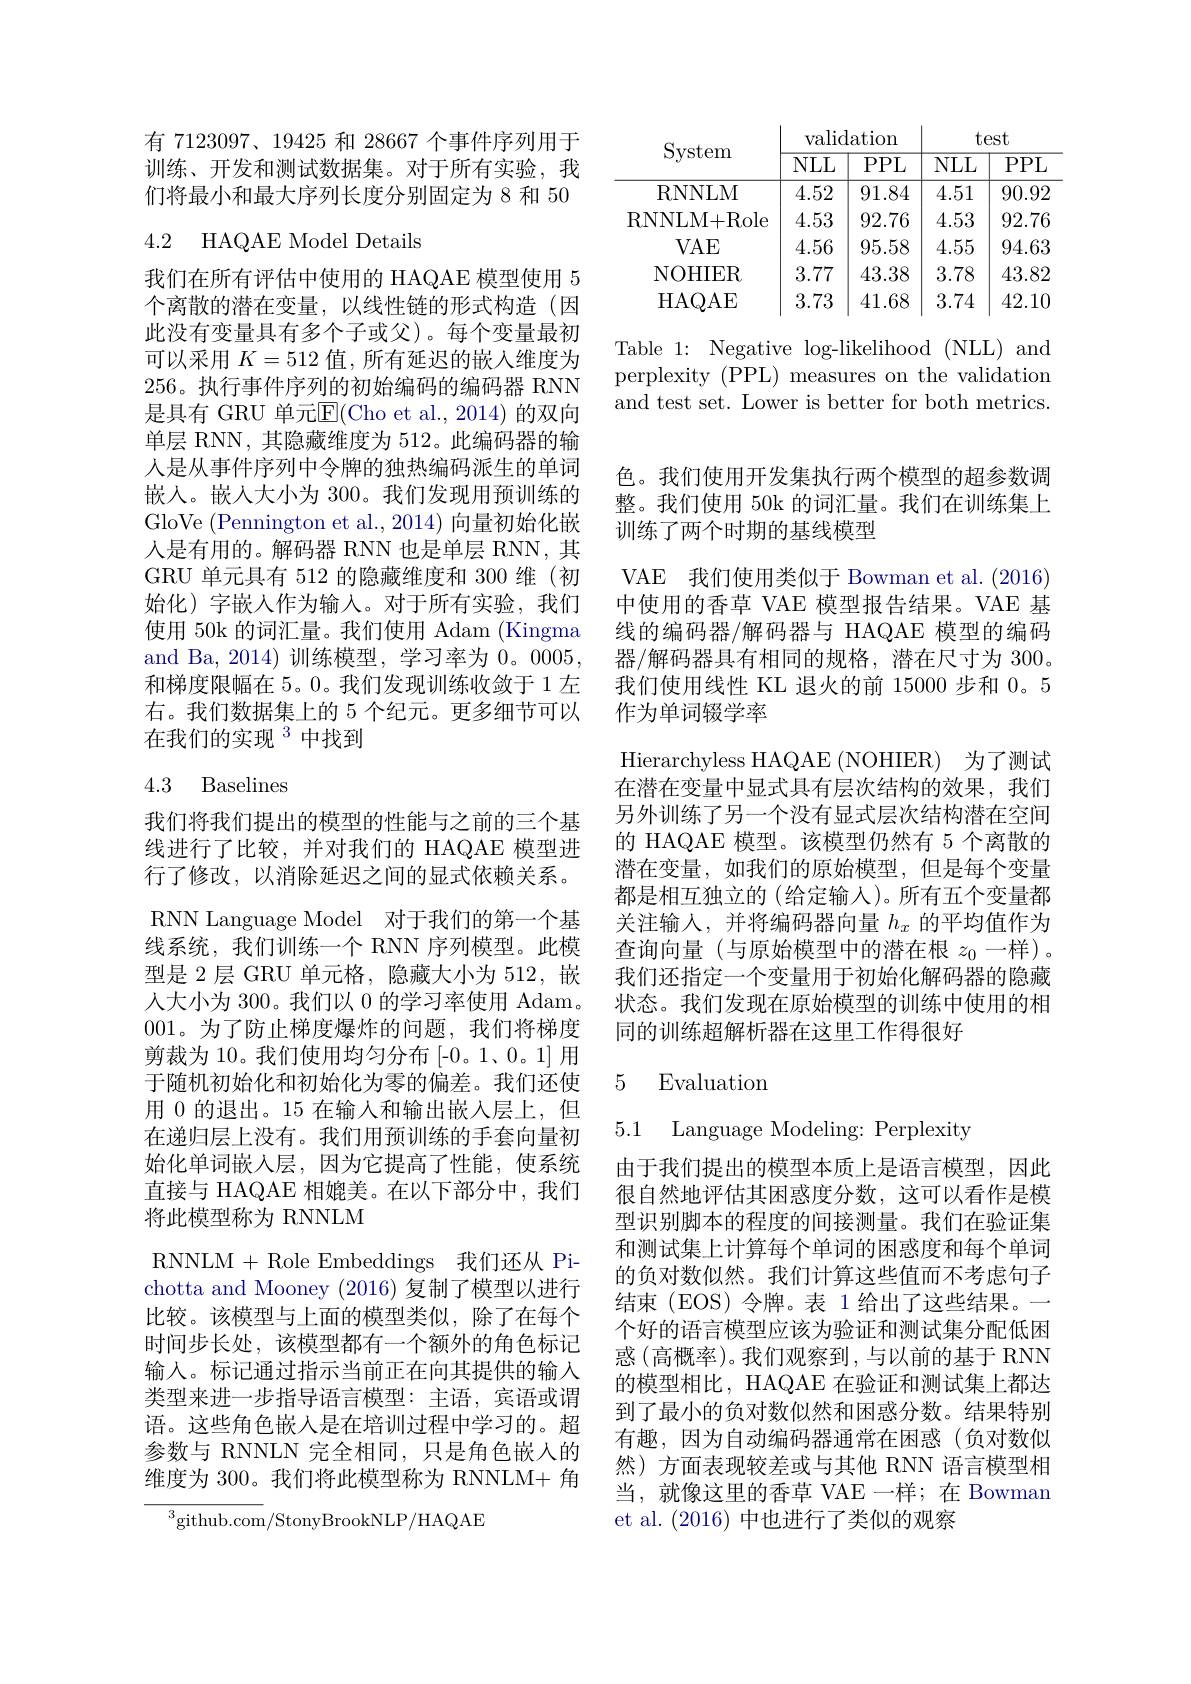
有 7123097、19425 和 28667 个事件序列用于训练、开发和测试数据集。对于所有实验，我们将最小和最大序列长度分别固定为 8 和 50

## 4.2 HAQAE Model Details

我们在所有评估中使用的 HAQAE 模型使用 5个离散的潜在变量，以线性链的形式构造(因此没有变量具有多个子或父)。每个变量最初可以采用$K=512$值，所有延迟的嵌入维度为256。执行事件序列的初始编码的编码器 RNN 是具有 GRU 单元E(Cho et al.,2014)的双向单层 RNN, 其隐藏维度为 512。此编码器的输人是从事件序列中令牌的独热编码派生的单词嵌入。嵌人大小为 300。我们发现用预训练的GloVe (Pennington et al., 2014) 向量初始化嵌人是有用的。解码器 RNN 也是单层 RNN, 其GRU 单元具有 512 的隐藏维度和 300 维 (初始化)字嵌人作为输入。对于所有实验，我们使用 50k 的词汇量。我们使用 Adam (Kingma and Ba, 2014) 训练模型，学习率为0。0005, 和梯度限幅在 5。0。我们发现训练收敛于 1 左右。我们数据集上的 5 个纪元。更多细节可以在我们的实现$^{3}$中找到

4.3 Baselines

我们将我们提出的模型的性能与之前的三个基线进行了比较，并对我们的 HAQAE 模型进行了修改，以消除延迟之间的显式依赖关系。RNN Language Model 对于我们的第一个基线系统，我们训练一个 RNN 序列模型。此模型是 2 层 GRU 单元格，隐藏大小为 512, 嵌人大小为 300。我们以0的学习率使用 Adam。001。为了防止梯度爆炸的问题，我们将梯度剪裁为 10。我们使用均匀分布 [-0。1、0。1] 用于随机初始化和初始化为零的偏差。我们还使用 0 的退出。15 在输入和输出嵌入层上，但在递归层上没有。我们用预训练的手套向量初始化单词嵌入层，因为它提高了性能，使系统直接与 HAQAE 相媲美。在以下部分中，我们将此模型称为 RNNLM
RNNLM + Role Embeddings 我们还从 Pichotta and Mooney (2016)复制了模型以进行比较。该模型与上面的模型类似，除了在每个时间步长处，该模型都有一个额外的角色标记输入。标记通过指示当前正在向其提供的输入类型来进一步指导语言模型：主语，宾语或谓语。这些角色嵌入是在培训过程中学习的。超参数与 RNNLN 完全相同，只是角色嵌入的维度为 300。我们将此模型称为 RNNLM+ 角

$^{3}$github.com/StonyBrookNLP/HAQAE

<table>
	<tbody>
		<tr>
			<th rowspan="2">System</th>
			<th colspan="2">$\operatorname{validation}$</th>
			<th colspan="2">test</th>
		</tr>
		<tr>
			<th>$NLL$</th>
			<th>PPL</th>
			<th>$NLL$</th>
			<th>PPL</th>
		</tr>
		<tr>
			<td>RNNLM</td>
			<td>4.52</td>
			<td>91.84</td>
			<td>4.51</td>
			<td>90.92</td>
		</tr>
		<tr>
			<td>RNNLM+ Role</td>
			<td>4.53</td>
			<td>92.76</td>
			<td>4.53</td>
			<td>92.76</td>
		</tr>
		<tr>
			<td>$VAE$</td>
			<td>4.56</td>
			<td>95.58</td>
			<td>4.55</td>
			<td>94.63</td>
		</tr>
		<tr>
			<td>NOHIER</td>
			<td>3.77</td>
			<td>43.38</td>
			<td>3.78</td>
			<td>43.82</td>
		</tr>
		<tr>
			<td>HAQAE</td>
			<td>3.73</td>
			<td>41.68</td>
			<td>3.74</td>
			<td>42.10</td>
		</tr>
	</tbody>
</table>

Table 1: Negative $\log$-likelihood (NLL) and

perplexity (PPL) measures on the validation

and test set. Lower is better for both metrics.

色。我们使用开发集执行两个模型的超参数调整。我们使用 50k 的词汇量。我们在训练集上训练了两个时期的基线模型

VAE 我们使用类似于 Bowman et al. (2016) 中使用的香草 VAE 模型报告结果。VAE 基线的编码器/解码器与 HAQAE 模型的编码器/解码器具有相同的规格，潜在尺寸为 300。我们使用线性 KL 退火的前 15000 步和0。5作为单词辍学率
Hierarchyless HAQAE ( NOHIER) 为了测试在潜在变量中显式具有层次结构的效果，我们另外训练了另一个没有显式层次结构潜在空间的 HAQAE 模型。该模型仍然有 5 个离散的潜在变量，如我们的原始模型，但是每个变量都是相互独立的 (给定输入)。所有五个变量都关注输入，并将编码器向量$h_x$的平均值作为查询向量(与原始模型中的潜在根$z_0$一样)。我们还指定一个变量用于初始化解码器的隐藏状态。我们发现在原始模型的训练中使用的相同的训练超解析器在这里工作得很好

### 5 Evaluatiom

5.1 Language Modeling: Perplexity

由于我们提出的模型本质上是语言模型，因此很自然地评估其困惑度分数，这可以看作是模型识别脚本的程度的间接测量。我们在验证集和测试集上计算每个单词的困惑度和每个单词的负对数似然。我们计算这些值而不考虑句子结束(EOS)令牌。表 1 给出了这些结果。一个好的语言模型应该为验证和测试集分配低困惑 (高概率)。我们观察到，与以前的基于 RNN 的模型相比，HAQAE 在验证和测试集上都达到了最小的负对数似然和困惑分数。结果特别有趣，因为自动编码器通常在困惑(负对数似然)方面表现较差或与其他 RNN 语言模型相当，就像这里的香草 VAE 一样；在 Bowman et al. (2016)中也进行了类似的观察